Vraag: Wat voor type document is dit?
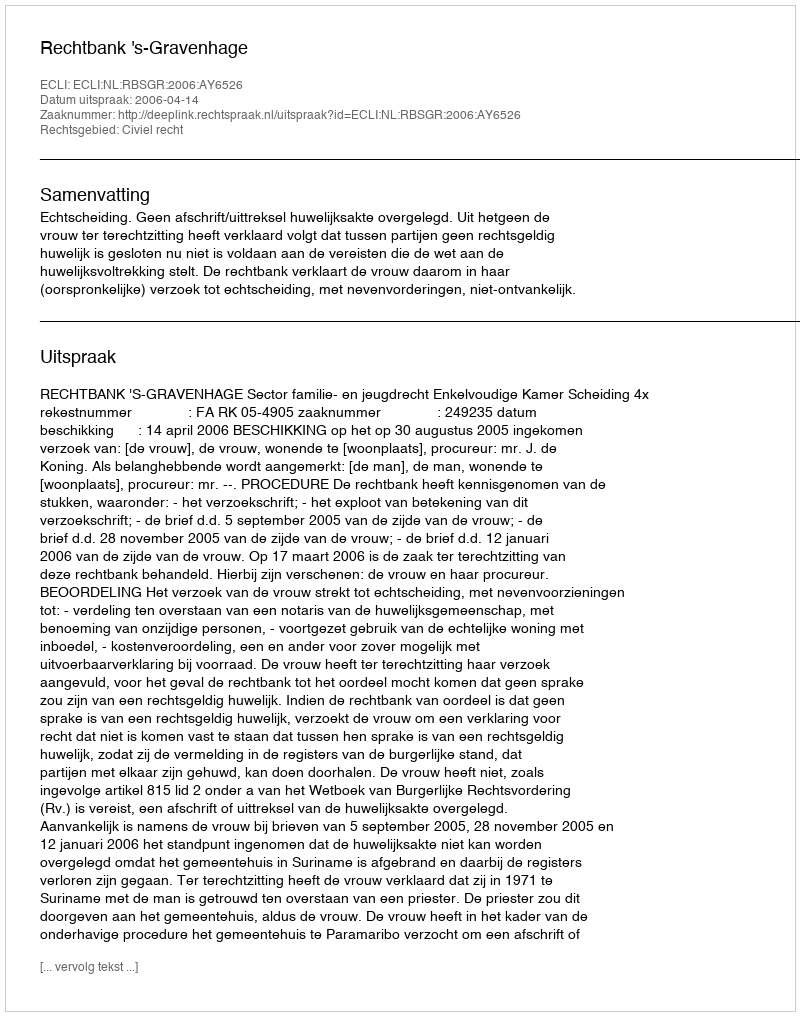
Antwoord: Uitspraak